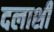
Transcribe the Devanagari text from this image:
दलाशी